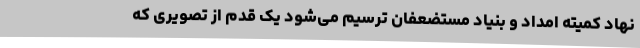
نهاد کمیته امداد و بنیاد مستضعفان ترسیم می‌شود یک قدم از تصویری که